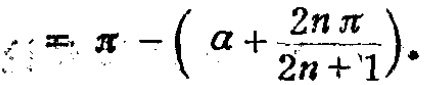
\(\pi - \left(\alpha + \frac{2n\pi}{2n + 1}\right)\)